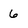
Character: 6